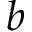
b _ { }